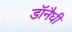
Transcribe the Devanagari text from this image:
डॉनैघी